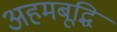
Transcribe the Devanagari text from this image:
अहमबूद्धि